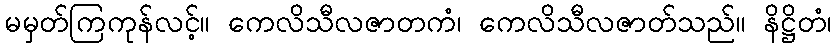
မမှတ်ကြကုန်လင့်။ ကေလိသီလဇာတကံ၊ ကေလိသီလဇာတ်သည်။ နိဋ္ဌိတံ၊